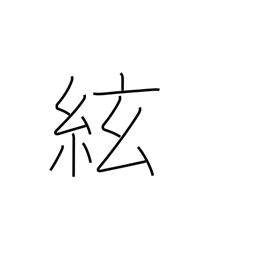
Meaning: string